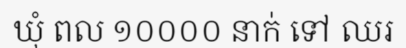
ឃុំ ពល ១០០០០ នាក់ ទៅ ឈរ